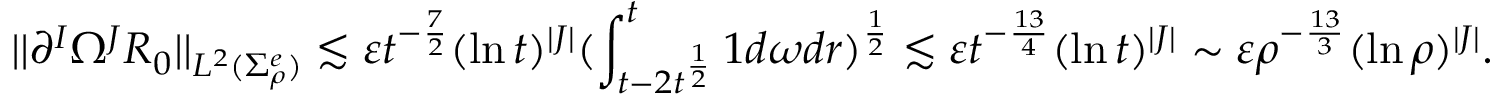
| | \partial ^ { I } \Omega ^ { J } R _ { 0 } | | _ { L ^ { 2 } ( \Sigma _ { \rho } ^ { e } ) } \lesssim \varepsilon t ^ { - \frac 7 2 } ( \ln t ) ^ { | J | } ( \int _ { t - 2 t ^ { \frac 1 2 } } ^ { t } 1 d \omega d r ) ^ { \frac 1 2 } \lesssim \varepsilon t ^ { - \frac { 1 3 } 4 } ( \ln t ) ^ { | J | } \sim \varepsilon \rho ^ { - \frac { 1 3 } 3 } ( \ln \rho ) ^ { | J | } .